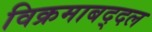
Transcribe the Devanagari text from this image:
विक्रमाबद्दल